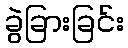
ခွဲခြားခြင်း